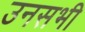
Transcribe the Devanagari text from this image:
उनसभी